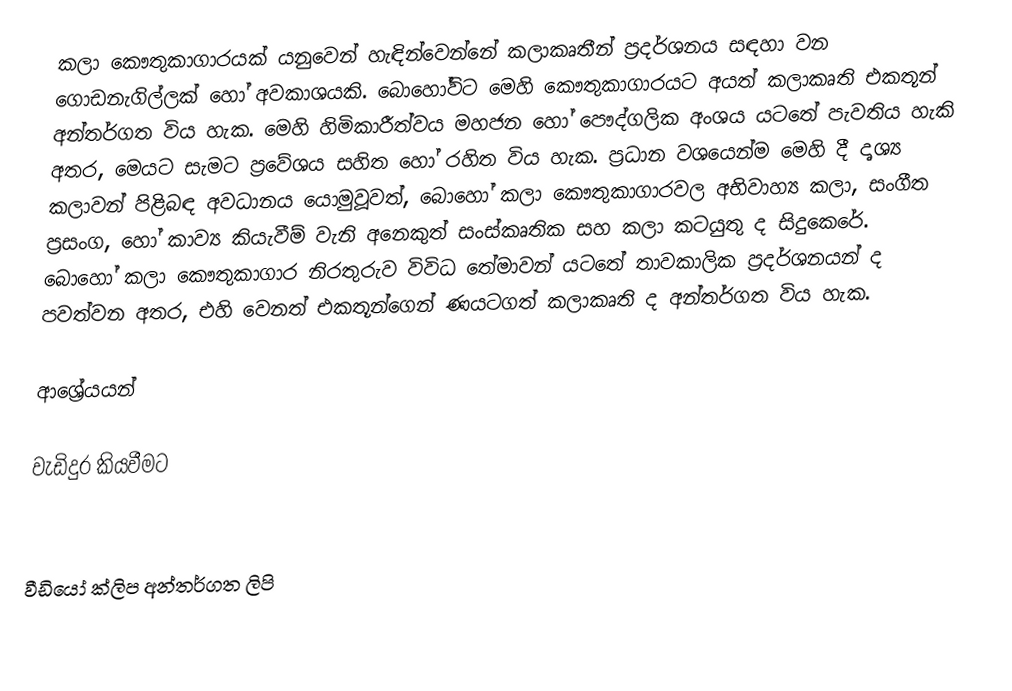
කලා කෞතුකාගාරයක් යනුවෙන් හැඳින්වෙන්නේ කලාකෘතීන් ප්‍රදර්ශනය සඳහා වන ගොඩනැගිල්ලක් හෝ අවකාශයකි. බොහෝවිට මෙහි කෞතුකාගාරයට අයත් කලාකෘති එකතූන් අන්තර්ගත විය හැක. මෙහි හිමිකාරීත්වය මහජන හෝ පෞද්ගලික අංශය යටතේ පැවතිය හැකි අතර, මෙයට සැමට ප්‍රවේශය සහිත හෝ රහිත විය හැක. ප්‍රධාන වශයෙන්ම මෙහි දී දෘශ්‍ය කලාවන් පිළිබඳ අවධානය යොමුවූවත්, බොහෝ කලා කෞතුකාගාරවල අභිවාහ්‍ය කලා, සංගීත ප්‍රසංග, හෝ කාව්‍ය කියැවීම් වැනි අනෙකුත් සංස්කෘතික සහ කලා කටයුතු ද සිදුකෙරේ. බොහෝ කලා කෞතුකාගාර නිරතුරුව විවිධ තේමාවන් යටතේ තාවකාලික ප්‍රදර්ශනයන් ද පවත්වන අතර, එහි වෙනත් එකතූන්ගෙන් ණයටගත් කලාකෘති ද අන්තර්ගත විය හැක.

ආශ්‍රේයයන්

වැඩිදුර කියවීමට

වීඩියෝ ක්ලිප අන්තර්ගත ලිපි